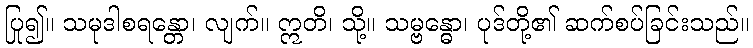
ပြု၍။ သမုဒါစရန္တော၊ လျက်။ ဣတိ၊ သို့။ သမ္ဗန္ဓော၊ ပုဒ်တို့၏ ဆက်စပ်ခြင်းသည်။